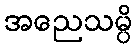
အညေသမ္ပိ